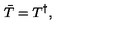
\bar { T } = T ^ { \dagger } ,